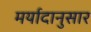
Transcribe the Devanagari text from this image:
मर्यादानुसार